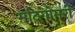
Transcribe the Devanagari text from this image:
र्माटगोमरी